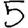
Digit: 5